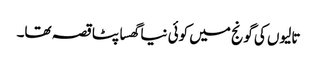
تالیوں کی گونج میں کوئی نیا گھسا پٹا قصہ تھا۔